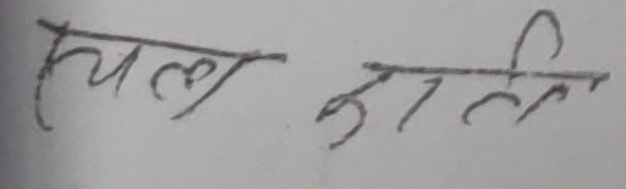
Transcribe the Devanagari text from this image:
चिल्ला डाली